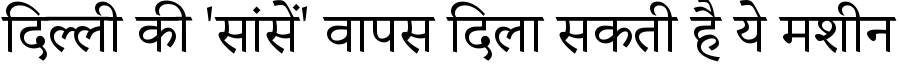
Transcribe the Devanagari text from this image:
दिल्ली की 'सांसें' वापस दिला सकती है ये मशीन